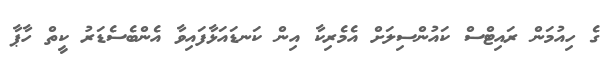
ގެ ހިއުމަން ރައިޓްސް ކައުންސިލަށް އެމެރިކާ އިން ކަނޑައަޅާފައިވާ އެންބެސެޑަރު ކީތް ހާޕާ